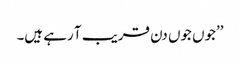
’’جوں جوں دن قریب آ رہے ہیں۔